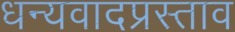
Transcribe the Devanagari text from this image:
धन्यवादप्रस्ताव